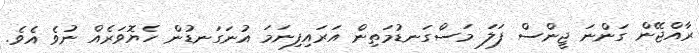
ރާއްޖޭން ގަންނަ ޖީންސް ފަލަ މަސްގަނޑުމަތިން އަރައިފިނަމަ އުނަގަނޑުން ހެޔޮވަރެއް ނުވެ އެވެ.